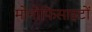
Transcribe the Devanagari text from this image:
मोनोफिसाइटों